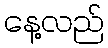
နေ့လည်